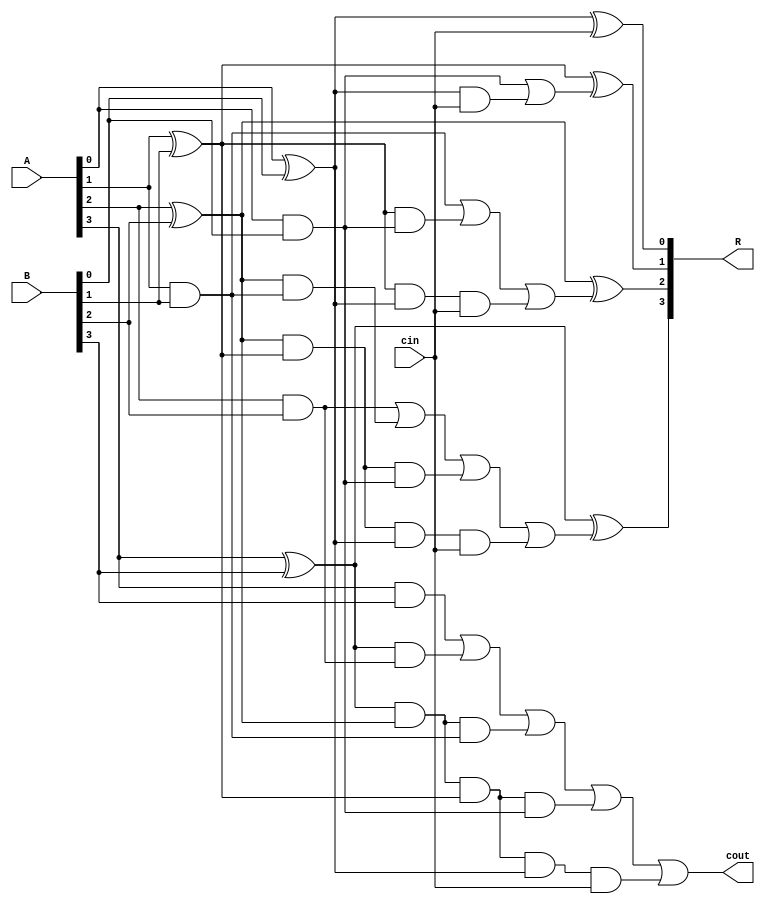
module carry_look_ahead_adder_cin_cout_4
(
input [3:0] A, B,
input cin,
output [3:0] R,
output cout
);
wire p0,  p1,  p2,  p3; 
wire g0,  g1,  g2,  g3; 
wire c0,  c1,  c2,  c3,  c4; 

assign p0 = A[0] ^ B[0];
assign p1 = A[1] ^ B[1];
assign p2 = A[2] ^ B[2];
assign p3 = A[3] ^ B[3];

assign g0 = A[0] & B[0];
assign g1 = A[1] & B[1];
assign g2 = A[2] & B[2];
assign g3 = A[3] & B[3];

assign c0 = cin;
assign c1 = g0 | (p0 & cin);
assign c2 = g1 | (p1 & g0) | (p1 & p0 & cin);
assign c3 = g2 | (p2 & g1) | (p2 & p1 & g0) | (p2 & p1 & p0 & cin);
assign c4 = g3 | (p3 & g2) | (p3 & p2 & g1) | (p3 & p2 & p1 & g0) | (p3 & p2 & p1 & p0 & cin);

assign R[0] = p0 ^ c0;
assign R[1] = p1 ^ c1;
assign R[2] = p2 ^ c2;
assign R[3] = p3 ^ c3;
assign cout = c4;

endmodule